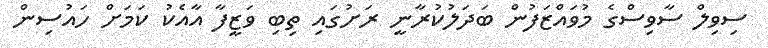
ސިވިލް ސާވިސްގެ މުވައްޒަފުން ބަދަލުކުރާނީ ރަށުގައި ތިބި ވަޒީފާ އާއެކު ކަމަށް ހައުސިން